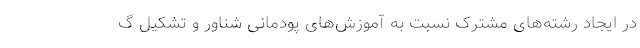
در ایجاد رشته‌های مشترک نسبت به آموزش‌های پودمانی شناور و تشکیل گ